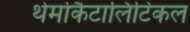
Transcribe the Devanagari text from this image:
थेर्मोकैटालिटिकल